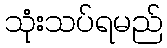
သုံးသပ်ရမည်